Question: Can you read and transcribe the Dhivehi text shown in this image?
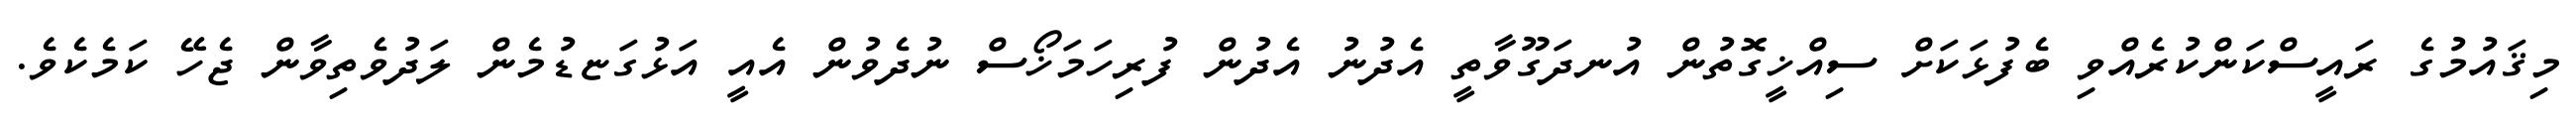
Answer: މިޤައުމުގެ ރައީސްކަންކުރެއްވި ބެފުޅަކަށް ސިއްޚީގޮތުން އުނދަގޫވާތީ އެދުނު އެދުން ފުރިހަމަޚޯސް ނުދެވުން އެއީ އަޅުގަޏޑުމެން ލަދުވެތިވާން ޖެހޭ ކަމެކެވެ.